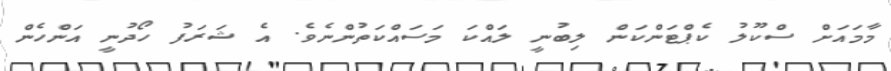
މާމައަށް ސްކޫލު ކެޕްޓަންކަން ލިބުނީ ލައްކަ މަސައްކަތުންނެވެ. އެ ޝަރަފު ހޯދުނީ އަންހެން